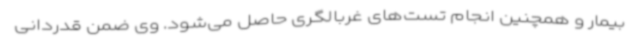
بیمار و همچنین انجام تست‌های غربالگری حاصل می‌شود. وی ضمن قدردانی